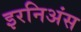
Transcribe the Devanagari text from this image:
इरनिअंस